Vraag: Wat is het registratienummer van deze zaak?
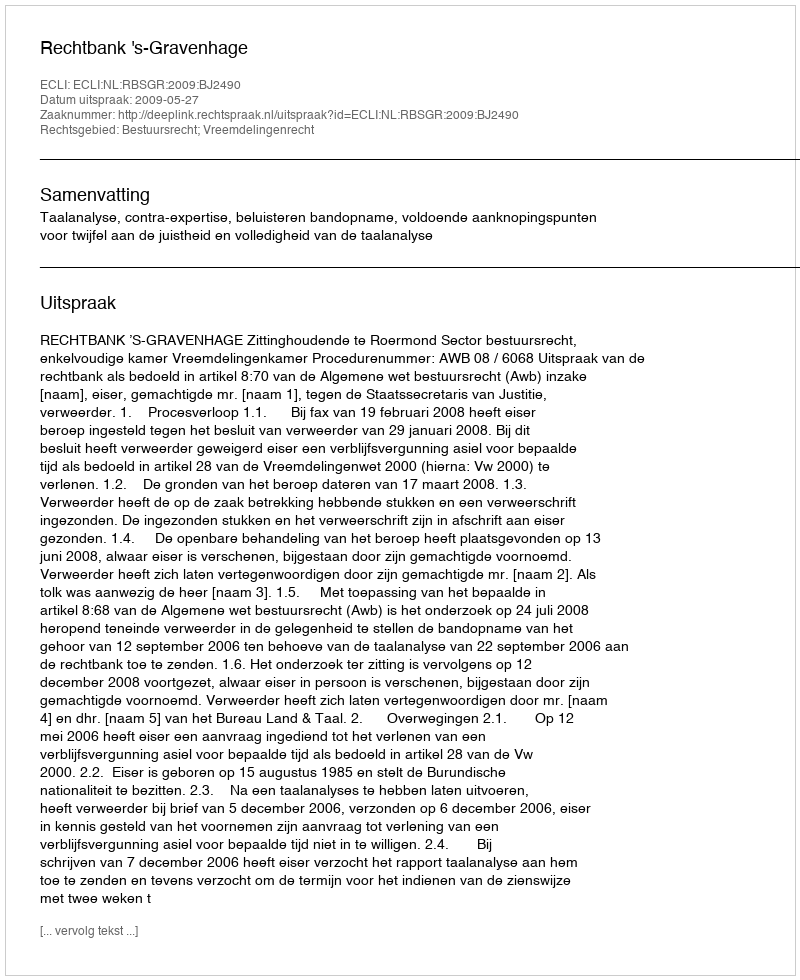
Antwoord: http://deeplink.rechtspraak.nl/uitspraak?id=ECLI:NL:RBSGR:2009:BJ2490